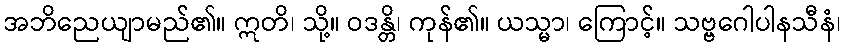
အဘိညေယျာမည်၏။ ဣတိ၊ သို့။ ဝဒန္တိ၊ ကုန်၏။ ယသ္မာ၊ ကြောင့်။ သဗ္ဗဂေါပါနသီနံ၊